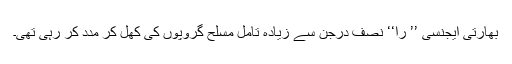
بھارتی ایجنسی ’’ را‘‘ نصف درجن سے زیادہ تامل مسلح گروپوں کی کھل کر مدد کر رہی تھی۔